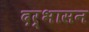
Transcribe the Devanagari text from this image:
दर्भासन